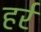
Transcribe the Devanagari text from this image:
हर्र